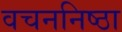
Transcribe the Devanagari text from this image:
वचननिष्ठा